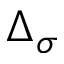
\Delta _ { \sigma }